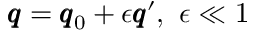
\pmb q = \pmb q _ { 0 } + \epsilon \pmb q ^ { \prime } , \ \epsilon \ll 1